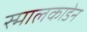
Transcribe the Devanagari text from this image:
स्मालकाडेन